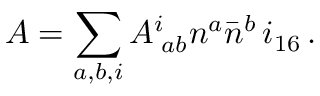
{ \cal A } = \sum _ { a , b , i } { \cal A } _ { \, \, a b } ^ { i } n ^ { a } { \bar { n } } ^ { b } \, i _ { 1 6 } \, .